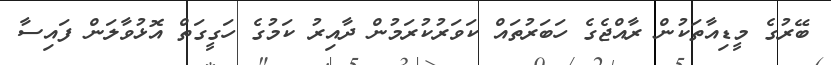
ބޭރުގެ މީޑިއާތަކުން ރާއްޖެގެ ހަބަރުތައް ކަވަރުކުރަމުން ދާއިރު ކަމުގެ ހަގީގަތް އޮޅުވާލަން ފައިސާ